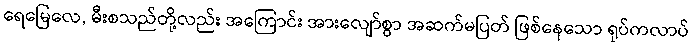
ရေမြေလေ, မီးစသည်တို့လည်း အကြောင်း အားလျော်စွာ အဆက်မပြတ် ဖြစ်နေသော ရုပ်ကလာပ်